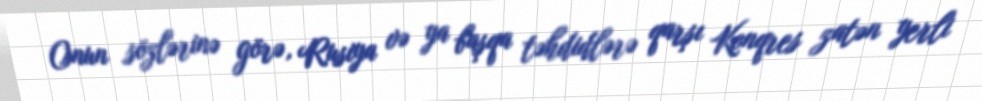
Onun sözlərinə görə, Rusiya və ya başqa təhdidlərə qarşı Konqres zatən yerli